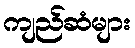
ကျည်ဆံများ